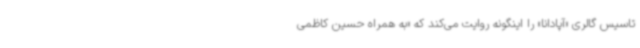
تاسیس گالری «آپادانا» را اینگونه روایت می‌کند که «به همراه حسین کاظمی